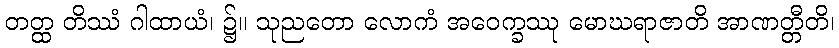
တတ္ထ တိဿံ ဂါထာယံ၊ ၌။ သုညတော လောကံ အဝေက္ခဿု မောဃရာဇာတိ အာဏတ္တီတိ၊